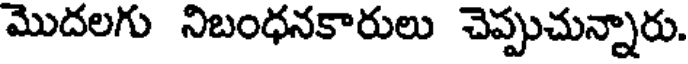
మొదలగు నిబంధనకారులు చెప్పుచున్నారు.